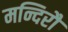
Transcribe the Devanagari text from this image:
मन्दिरौ